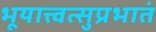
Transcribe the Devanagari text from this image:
भूयात्त्वत्सुप्रभातं